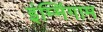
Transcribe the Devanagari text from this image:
इंम्मिंगाम